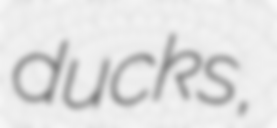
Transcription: ducks,